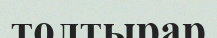
толтырар